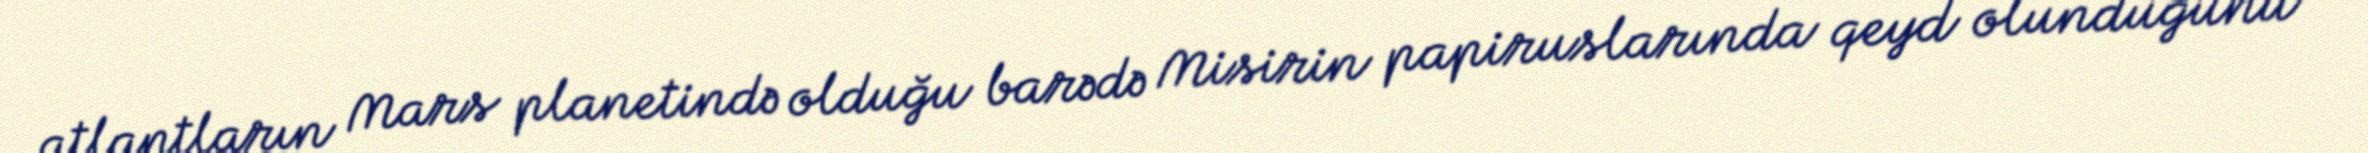
atlantların Mars planetində olduğu barədə Misirin papiruslarında qeyd olunduğunu